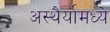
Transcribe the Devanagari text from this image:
अस्थैर्यामध्ये